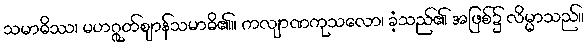
သမာဓိဿ၊ မဟဂ္ဂုတ်ဈာန်သမာဓိ၏။ ကလျာဏကုသလော၊ ခံ့သည်၏ အဖြစ်၌ လိမ္မာသည်။